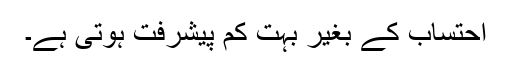
احتساب کے بغیر بہت کم پیشرفت ہوتی ہے۔